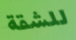
للشقة